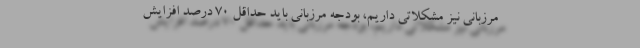
مرزبانی نیز مشکلاتی داریم، بودجه مرزبانی باید حداقل 70 درصد افزایش